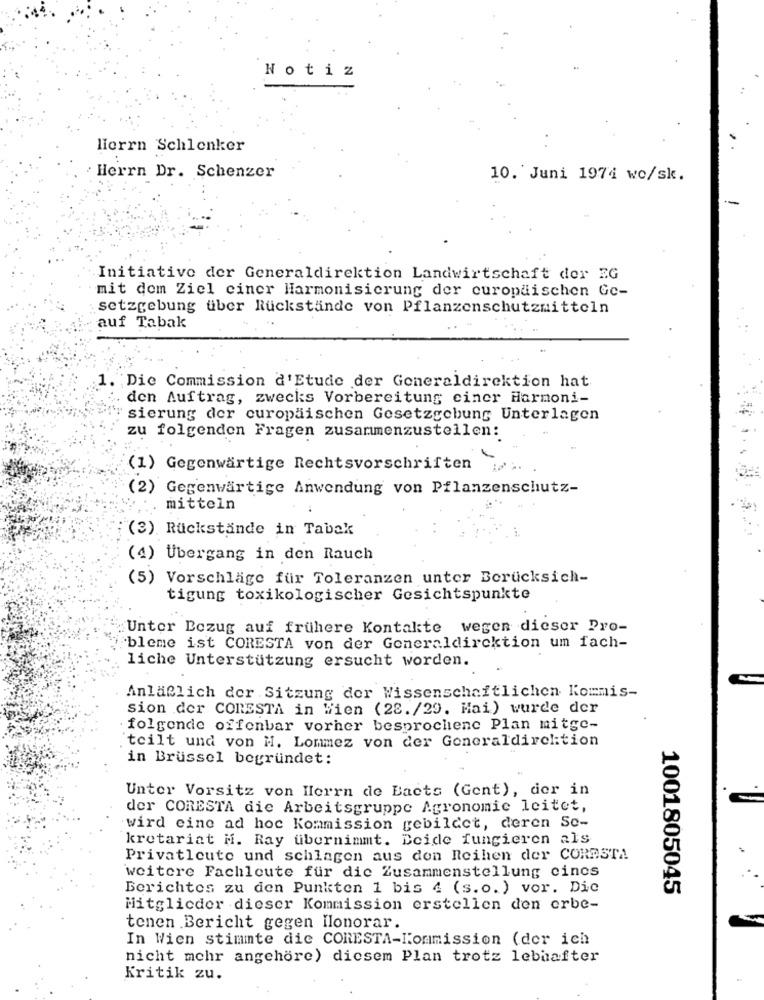
Notiz
Herrn Schlenker
Herrn Dr. Schenzer
10. Juni 197i wc/sk.
Initiative der Generaldirektion Landwirtschaft der EG
mit dem Ziel ciner Harmonisierung der europäischen Ge-
setzgebung über Rückstände von Pflanzenschutzmitteln
auf Tabak
1.
Die Commission d'Etude der Generaldirektion hat
den Auftrag, zwecks Vorbereitung ciner Harmoni-
sierung der curopäischen Gesetzgebung Unterlagen
zu folgenden Fragen zusammenzustellen:
(1) Gegenwärtige Rechtsvorschriften ...
(2) Gegenwärtige Anwendung von Pflanzenschutz-
: mitteln
:(3) Rückstände in Tabak
(4) Übergang in den Rauch
(5) Vorschläge für Toleranzen unter Berücksich-
tigung toxikologischer Gesichtspunkte
Untor Bezug auf frühere Kontakte wegen dieser Pro-
`bleme ist CORESTA von der Generaldirektion um fach-
liche Unterstützung ersucht worden.
Anläßlich der Sitzung der Wissenschaftlichen Kommis-
sion der CORESTA in Wien (28./29. Mai) wurde der
folgende offenbar vorher besprochene Plan mitge-
teilt und von H. Lommez von der Generaldirektion
in Brüssel begründet:
Unter Vorsitz von Herrn de Bacts (Gent), der in
-
der CORESTA die Arbeitsgruppe Agronomic leitet,
wird eine ad hoc Kommission gebildet, deren Se-
kretariat M. Ray übernimmt. Beide fungieren als
Privatleute und schlagen aus den Reihen der CORESTA
weitere Fachleute für die Zusammenstellung cines
Berichtes zu den Punkten 1 bis 4 (s.o. ) vor. Die
1001805045
Mitglieder dieser Kommission erstellen den erbe-
tenen Bericht gegen Honorar.
In Wien stimmte die CORESTA-Kommission (der ich
nicht mehr angehöre) diesem Plan trotz lebhafter
Kritik zu.